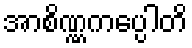
အာစိဏ္ဏကပ္ပေါတိ